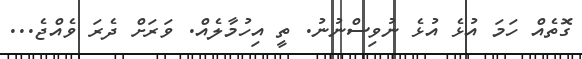
ގޮތެއް ހަމަ އުޅެ އުޅެ ނުވިސްނުނު. ތީ އިހުމާލެއް. ވަރަށް ދެރަ ވެއްޖެ...